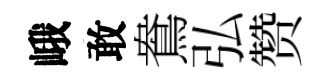
峨敢鴦弘赞